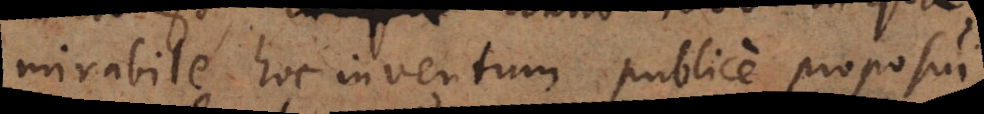
mirabile hoc inventum publice proposui